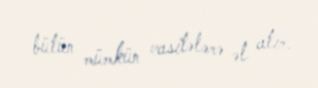
bütün mümkün vasitələrə əl atır.